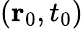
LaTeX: (\mathbf{r}_{0},t_{0})